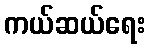
ကယ်ဆယ်ရေး